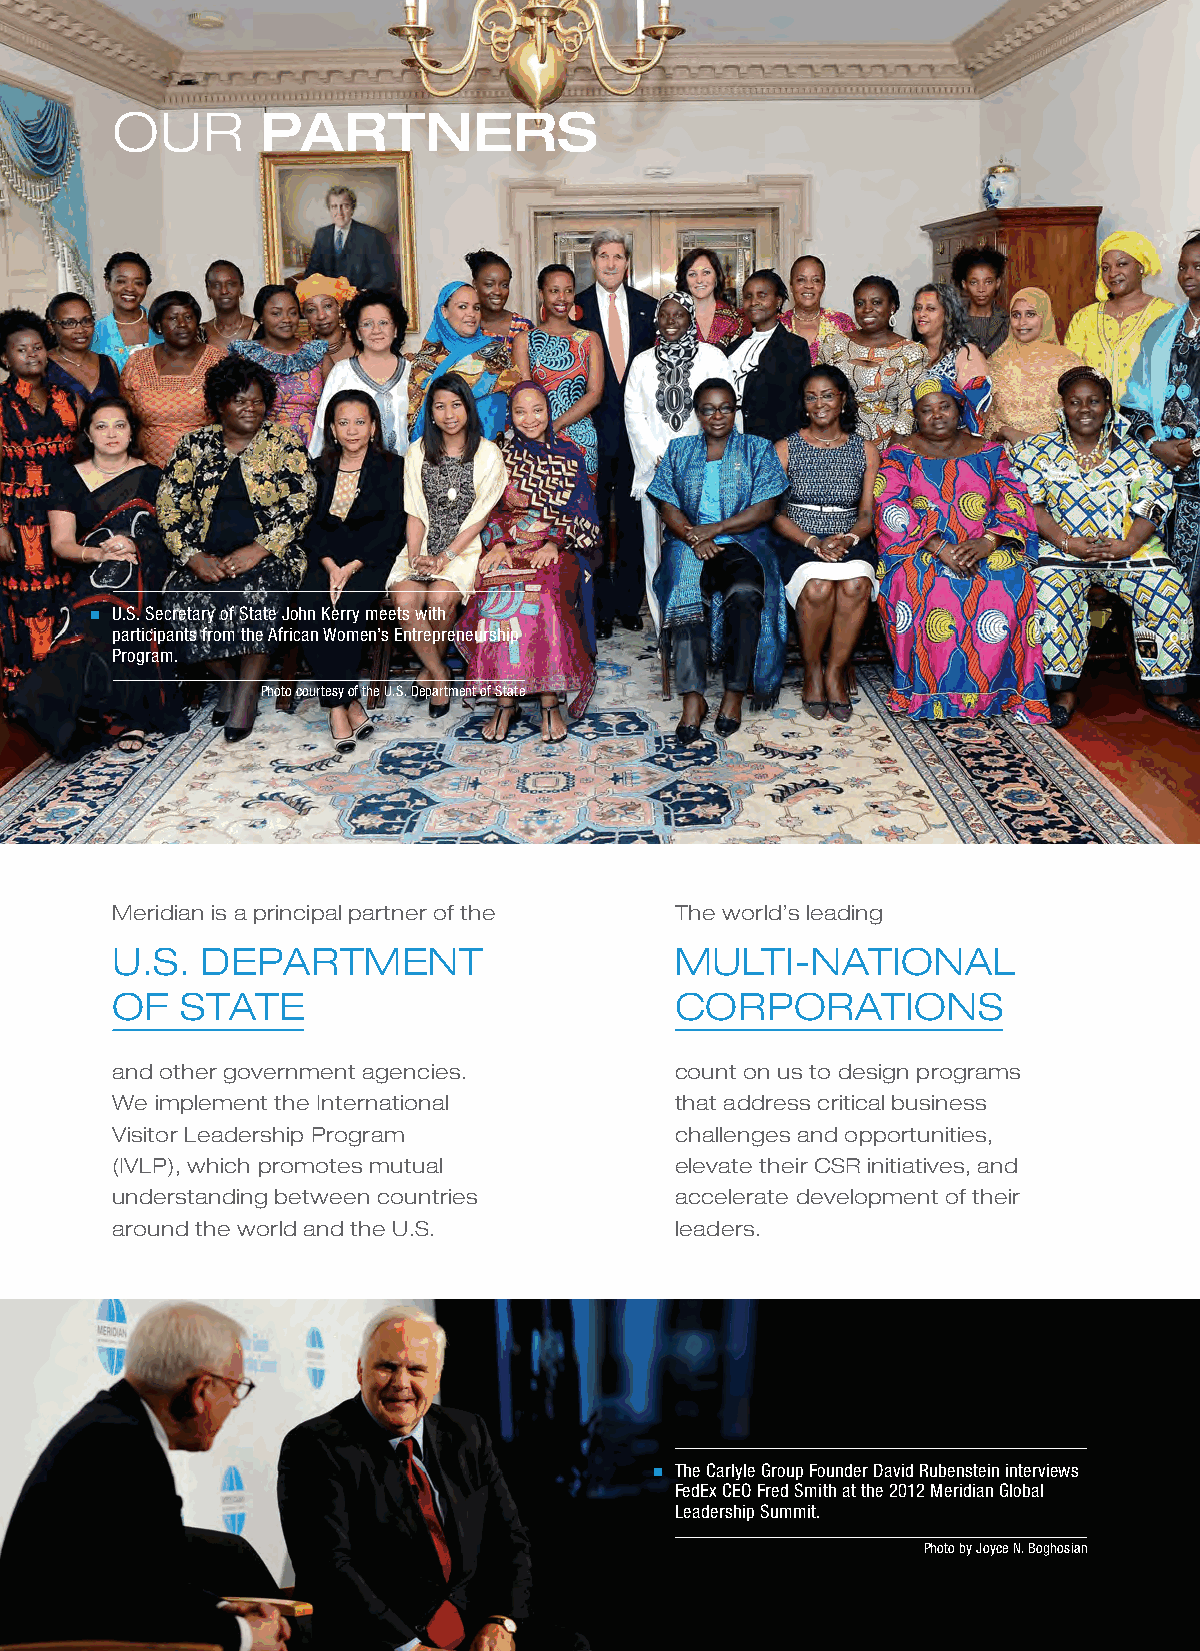
OUR       PARTNERS
 U.S. Secretary of State John Kerry meets with
 participants from the African Women’s Entrepreneurship
 Program.
 Photo courtesy of the U.S. Department of State
 Meridian is a principal partner of the The world’s leading
 U.S.  DEPARTMENT                      MULTI-NATIONAL
 OF   STATE                            CORPORATIONS
 and other government agencies.        count on us to design programs
 We implement the International        that address critical business
 Visitor Leadership Program            challenges and opportunities,
 (IVLP), which promotes mutual         elevate their CSR initiatives, and
 understanding between countries       accelerate development of their
 around the world and the U.S.         leaders.
 The Carlyle Group Founder David Rubenstein interviews
 FedEx CEO Fred Smith at the 2012 Meridian Global
 Leadership Summit.
 Photo by Joyce N. Boghosian